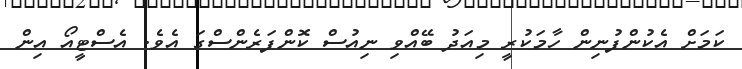
ކަމަށް އެކުންފުނިން ހާމަކުރީ މިއަދު ބޭއްވި ނިއުސް ކޮންފަރެންސްގަ އެވެ. އެސްޓީއޯ އިން